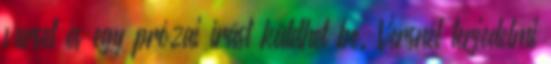
verset és egy prózai írást küldhet be. Versnél terjedelmi